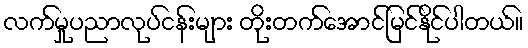
လက်မှုပညာလုပ်ငန်းများ တိုးတက်အောင်မြင်နိုင်ပါတယ်။